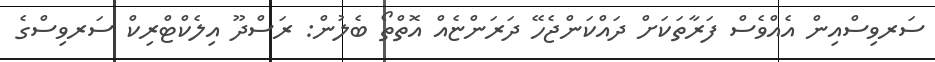
ސަރވިސްއިން އެއްވެސް ފަރާތަކަށް ދައްކަންޖެހޭ ދަރަންޏެއް އޮތްތޯ ބެލުން: ރަސްދޫ އިލެކްޓްރިކް ސަރވިސްގެ